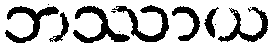
ဘဿာယ